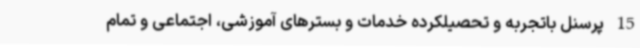
15 پرسنل باتجربه و تحصیلکرده خدمات و بسترهای آموزشی، اجتماعی و تمام